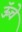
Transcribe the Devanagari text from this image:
ऊॅचे